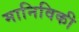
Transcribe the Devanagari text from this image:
मानिविकी